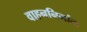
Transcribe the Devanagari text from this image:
वाहननिर्माता